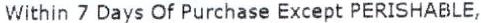
WITHIN 7 DAYS OF PURCHASE EXCEPT PERISHABLE,